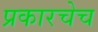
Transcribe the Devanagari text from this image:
प्रकारचेच